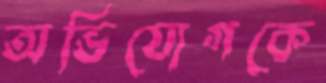
অভিযোগকে